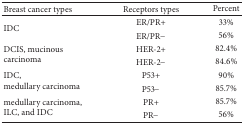
<table><thead><tr><td><b>Breast cancer types</b></td><td><b>Receptors types</b></td><td><b>Percent</b></td></tr></thead><tbody><tr><td rowspan="2">IDC</td><td>ER/PR+</td><td>33%</td></tr><tr><td>ER/PR−</td><td>56%</td></tr><tr><td rowspan="2">DCIS, mucinous carcinoma</td><td>HER-2+</td><td>82.4%</td></tr><tr><td>HER-2−</td><td>84.6%</td></tr><tr><td rowspan="2">IDC, medullary carcinoma</td><td>P53+</td><td>90%</td></tr><tr><td>P53−</td><td>85.7%</td></tr><tr><td rowspan="2">medullary carcinoma, ILC, and IDC</td><td>PR+</td><td>85.7%</td></tr><tr><td>PR−</td><td>56%</td></tr></tbody></table>